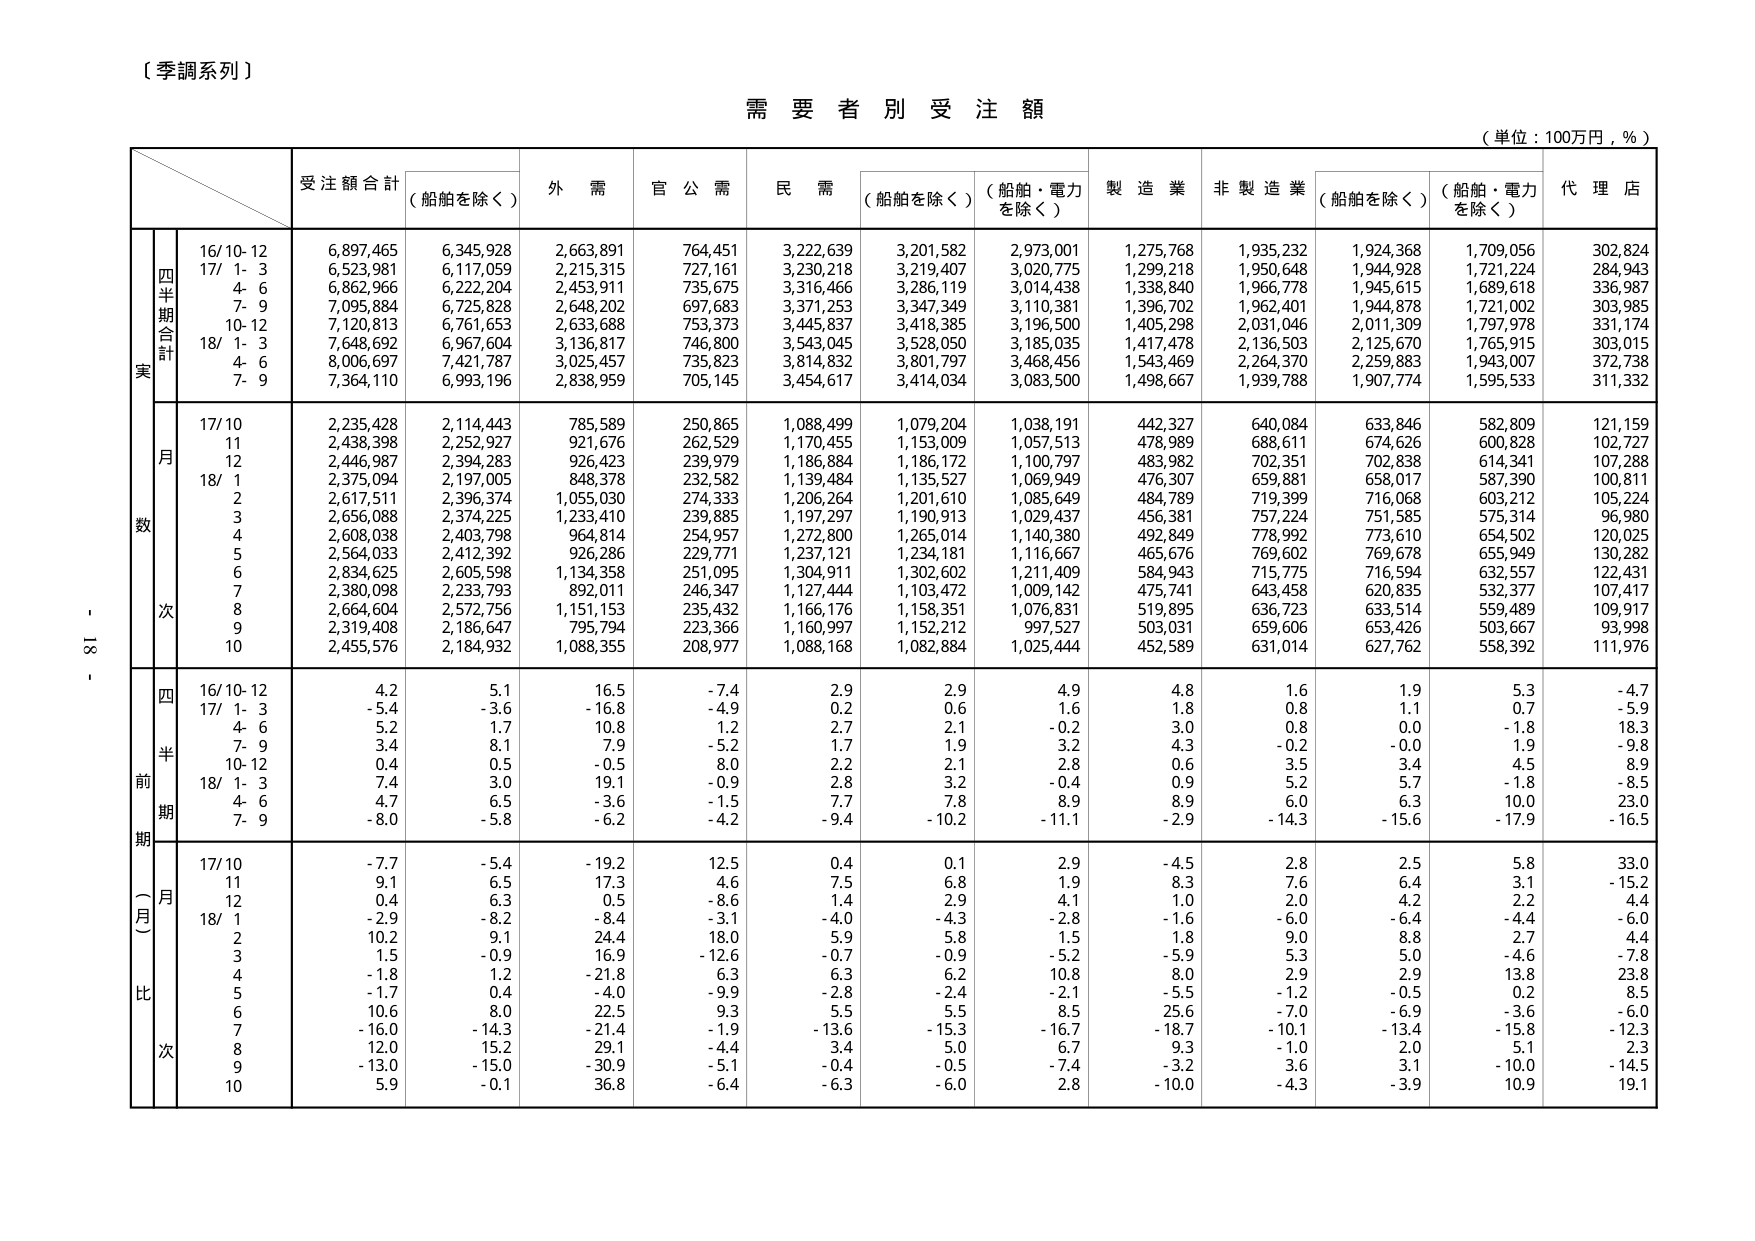
（季調系列）

需要者別受注額

（単位：100万円，％）

受注額合計 （船舶を除く） 外需 官公需 民需 （船舶を除く） （船舶・電力を除く） 製造業 非製造業 （船舶を除く） （船舶・電力を除く） 代理店

実 四半期合計 16/10-12 6,897,465 6,345,928 2,663,891 764,451 3,222,639 3,201,582 2,973,001 1,275,768 1,935,232 1,924,368 1,709,056 302,824
 17/ 1- 3 6,523,981 6,117,059 2,215,315 727,161 3,230,218 3,219,407 3,020,775 1,299,218 1,950,648 1,944,928 1,721,224 284,943
 4- 6 6,862,966 6,222,204 2,453,911 735,675 3,316,466 3,286,119 3,014,438 1,338,840 1,966,778 1,945,615 1,689,618 336,987
 7- 9 7,095,884 6,725,828 2,648,202 697,683 3,371,253 3,347,349 3,110,381 1,396,702 1,962,401 1,944,878 1,721,002 303,985
 10-12 7,120,813 6,761,653 2,633,688 753,373 3,445,837 3,418,385 3,196,500 1,405,298 2,031,046 2,011,309 1,797,978 331,174
 18/ 1- 3 7,648,692 6,967,604 3,136,817 746,800 3,543,045 3,528,050 3,185,035 1,417,478 2,136,503 2,125,670 1,765,915 303,015
 4- 6 8,006,697 7,421,787 3,025,457 735,823 3,814,832 3,801,797 3,468,456 1,543,469 2,264,370 2,259,883 1,943,007 372,738
 7- 9 7,364,110 6,993,196 2,838,959 705,145 3,454,617 3,414,034 3,083,500 1,498,667 1,939,788 1,907,774 1,595,533 311,332

数 月 17/10 2,235,428 2,114,443 785,589 250,865 1,088,499 1,079,204 1,038,191 442,327 640,084 633,846 582,809 121,159
 11 2,438,398 2,252,927 921,676 262,529 1,170,455 1,153,009 1,057,513 478,989 688,611 674,626 600,828 102,727
 12 2,446,987 2,394,283 926,423 239,979 1,186,884 1,186,172 1,100,797 483,982 702,351 702,838 614,341 107,288
 18/ 1 2,375,094 2,197,005 848,378 232,582 1,139,484 1,135,527 1,069,949 476,307 659,881 658,017 587,390 100,811
 2 2,617,511 2,396,374 1,055,030 274,333 1,206,264 1,201,610 1,085,649 484,789 719,399 716,068 603,212 105,224
 3 2,656,088 2,374,225 1,233,410 239,885 1,197,297 1,190,913 1,029,437 456,381 757,224 751,585 575,314 96,980
 4 2,608,038 2,403,798 964,814 254,957 1,272,800 1,265,014 1,140,380 492,849 778,992 773,610 654,502 120,025
 5 2,564,033 2,412,392 926,286 229,771 1,237,121 1,234,181 1,116,667 465,676 769,602 769,678 655,949 130,282
 6 2,834,625 2,605,598 1,134,358 251,095 1,304,911 1,302,602 1,211,409 584,943 715,775 716,594 632,557 122,431
 7 2,380,098 2,233,793 892,011 246,347 1,127,444 1,103,472 1,009,142 475,741 643,458 620,835 532,377 107,417
 8 2,664,604 2,572,756 1,151,153 235,432 1,166,176 1,158,351 1,076,831 519,895 636,723 633,514 559,489 109,917
 9 2,319,408 2,186,647 795,794 223,366 1,160,997 1,152,212 997,527 503,031 659,606 653,426 503,667 93,998
 10 2,455,576 2,184,932 1,088,355 208,977 1,088,168 1,082,884 1,025,444 452,589 631,014 627,762 558,392 111,976

前 期 四半期 16/10-12 4.2 5.1 16.5 -7.4 2.9 2.9 4.9 4.8 1.6 1.9 5.3 -4.7
 17/ 1- 3 -5.4 -3.6 -16.8 -4.9 0.2 0.6 1.6 1.8 0.8 1.1 0.7 -5.9
 4- 6 5.2 1.7 10.8 1.2 2.7 2.1 -0.2 3.0 0.8 0.0 -1.8 18.3
 7- 9 3.4 8.1 7.9 -5.2 1.7 1.9 3.2 4.3 -0.2 -0.0 1.9 -9.8
 10-12 0.4 0.5 -0.5 8.0 2.2 2.1 2.8 0.6 3.5 3.4 4.5 8.9
 18/ 1- 3 7.4 3.0 19.1 -0.9 2.8 3.2 -0.4 0.9 5.2 5.7 -1.8 -8.5
 4- 6 4.7 6.5 -3.6 -1.5 7.7 7.8 8.9 8.9 6.0 6.3 10.0 23.0
 7- 9 -8.0 -5.8 -6.2 -4.2 -9.4 -10.2 -11.1 -2.9 -14.3 -15.6 -17.9 -16.5

比 次 （月） 17/10 -7.7 -5.4 -19.2 12.5 0.4 0.1 2.9 -4.5 2.8 2.5 5.8 33.0
 11 9.1 6.5 17.3 4.6 7.5 6.8 1.9 8.3 7.6 6.4 3.1 -15.2
 12 0.4 6.3 0.5 -8.6 1.4 2.9 4.1 1.0 2.0 4.2 2.2 4.4
 18/ 1 -2.9 -8.2 -8.4 -3.1 -4.0 -4.3 -2.8 -1.6 -6.0 -6.4 -4.4 -6.0
 2 10.2 9.1 24.4 18.0 5.9 5.8 1.5 1.8 9.0 8.8 2.7 4.4
 3 1.5 -0.9 16.9 -12.6 -0.7 -0.9 -5.2 -5.9 5.3 5.0 -4.6 -7.8
 4 -1.8 1.2 -21.8 6.3 6.3 6.2 10.8 8.0 2.9 2.9 13.8 23.8
 5 -1.7 0.4 -4.0 -9.9 -2.8 -2.4 -2.1 -5.5 -1.2 -0.5 0.2 8.5
 6 10.6 8.0 22.5 9.3 5.5 5.5 8.5 25.6 -7.0 -6.9 -3.6 -6.0
 7 -16.0 -14.3 -21.4 -1.9 -13.6 -15.3 -16.7 -18.7 -10.1 -13.4 -15.8 -12.3
 8 12.0 15.2 29.1 -4.4 3.4 5.0 6.7 9.3 -1.0 2.0 5.1 2.3
 9 -13.0 -15.0 -30.9 -5.1 -0.4 -0.5 -7.4 -3.2 3.6 3.1 -10.0 -14.5
 10 5.9 -0.1 36.8 -6.4 -6.3 -6.0 2.8 -10.0 -4.3 -3.9 10.9 19.1

- 18 -